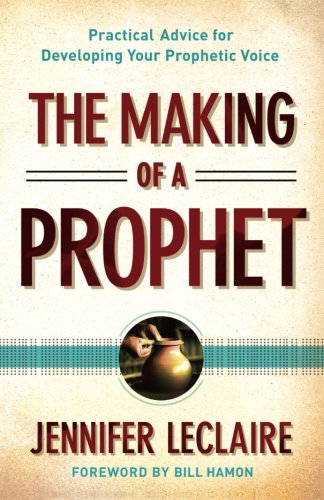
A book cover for The Making of a Prophet: Practical Advice for Developing Your Prophetic Voice; Jennifer LeClaire; Christian Books & Bibles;